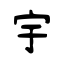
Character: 宇